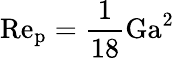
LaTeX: \mathrm{Re_{p}}=\frac{1}{18}\mathrm{Ga}^{2}